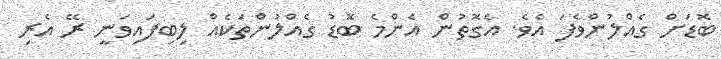
ބޮޑަށް ގެއްލުންވެފަ އެވެ. އެގޮތުން އެންމެ ބޮޑު ގެއްލުންތަކެއް ލިބިފައިވަނީ ރޭ އެރި